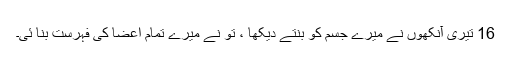
16 تیری آنکھوں نے میرے جسم کو بنتے دیکھا ، تُو نے میرے تمام اعضا کی فہرست بنا ئی۔